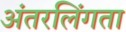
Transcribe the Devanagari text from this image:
अंतरलिंगता